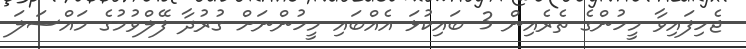
ޖެހިފައިވާ މީހުންގެ ތެރެއިން 3 ބައިކުޅަ އެއްބައި މީހުންނަށް ގުރުދާ ފޭލްވުމުގެ މައްސަލަ